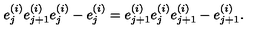
e _ { j } ^ { ( i ) } e _ { j + 1 } ^ { ( i ) } e _ { j } ^ { ( i ) } - e _ { j } ^ { ( i ) } = e _ { j + 1 } ^ { ( i ) } e _ { j } ^ { ( i ) } e _ { j + 1 } ^ { ( i ) } - e _ { j + 1 } ^ { ( i ) } .